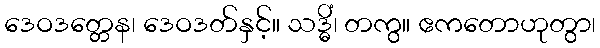
ဒေဝဒတ္တေန၊ ဒေဝဒတ်နှင့်။ သဒ္ဓိံ၊ တကွ။ ဧကတောဟုတွာ၊